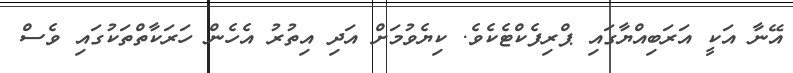
އޭނާ އަކީ އަރަބިއްޔާގައި ޕްރިފެކްޓެކެވެ. ކިޔެވުމަށް އަދި އިތުރު އެހެން ހަރަކާތްތަކުގައި ވެސް